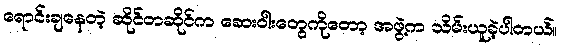
ရောင်းချနေတဲ့ ဆိုင်တဆိုင်က ဆေးဝါးတွေကိုတော့ အဖွဲ့က သိမ်းယူခဲ့ပါတယ်။